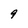
Character: 9